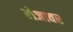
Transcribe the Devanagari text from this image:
रोजावर